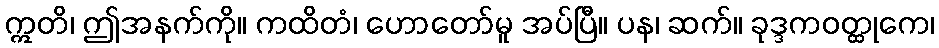
ဣတိ၊ ဤအနက်ကို။ ကထိတံ၊ ဟောတော်မူ အပ်ပြီ။ ပန၊ ဆက်။ ခုဒ္ဒကဝတ္ထုကေ၊